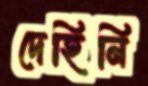
দেহিনি